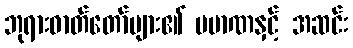
ဘုရားဓာတ်တော်များ၏ ပမာဏနှင့် အဆင်း